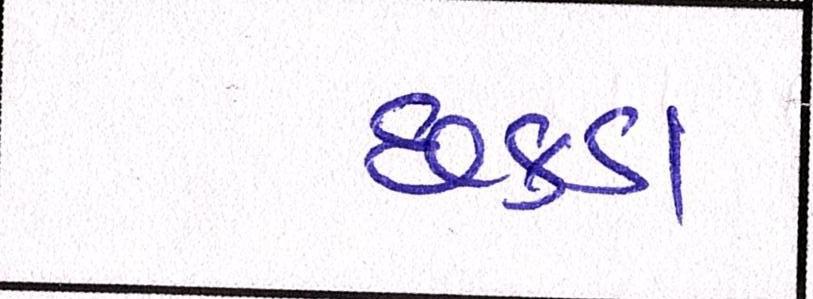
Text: છકડા